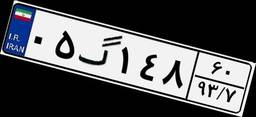
۶۱گ۲۰۵۵۱